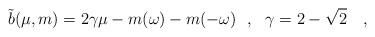
LaTeX: \begin{align*}\tilde{b}(\mu,m)=2\gamma\mu -m(\omega)-m(-\omega)~~,~~\gamma=2-\sqrt{2}~~~,\end{align*}